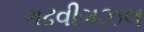
ગઢવીગઝલ